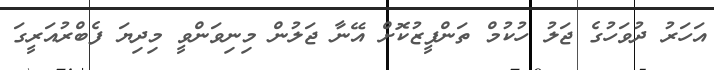
އަހަރު ދުވަހުގެ ޖަލު ހުކުމް ތަންފީޒުކޮށް އޭނާ ޖަލުން މިނިވަންވީ މިދިޔަ ފެބްރުއަރީގަ